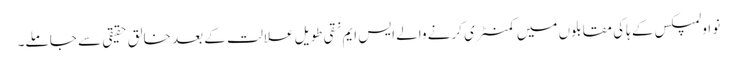
نو اولمپکس کے ہاکی مقابلوں میں کمنٹری کرنے والے ایس ایم نقی طویل علالت کے بعد خالق حقیقی سے جا ملے۔